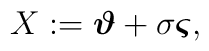
X:=\mbox{\boldmath$\vartheta$} +\sigma\mbox{\boldmath$\varsigma$},